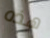
هذه